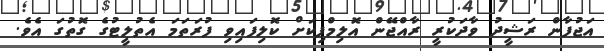
އަޖުފާން ރަޝީދު ވާދަކުރީ ރާއްޖޭން އޮލިމްޕިކަށް ކޮލިފައިވި ފުރަތަމަ އެތުލީޓުގެ ގޮތުގަ އެވެ.